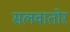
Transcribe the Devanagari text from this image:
सलवातोर